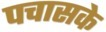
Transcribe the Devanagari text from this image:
पचासके